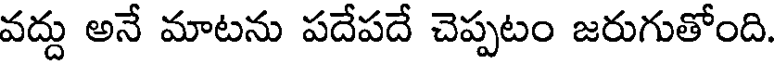
వద్దు అనే మాటను పదేపదే చెప్పటం జరుగుతోంది.